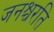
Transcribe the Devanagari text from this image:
जनश्चरति